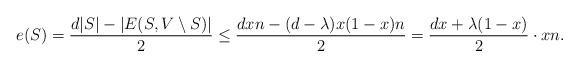
LaTeX: \begin{align*} e(S) = \frac {d|S| - |E(S,V \setminus S)|}{2} \le \frac {dxn - (d-\lambda) x(1-x)n}{2} = \frac {dx+\lambda(1-x)}{2} \cdot xn.\end{align*}